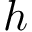
h